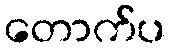
တောက်ပ